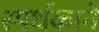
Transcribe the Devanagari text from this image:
स्पर्धकाने